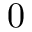
0